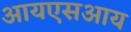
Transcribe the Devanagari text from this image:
आयएसआय